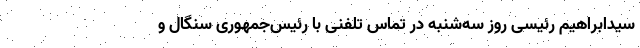
سیدابراهیم رئیسی روز سه‌شنبه در تماس تلفنی با رئیس‌جمهوری سنگال و